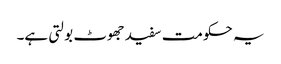
یہ حکومت سفید جھوٹ بولتی ہے۔